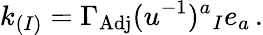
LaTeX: k_{(I)}=\Gamma_{\mathrm{Adj}}(u^{-1})^{a}{}_{I}e_{a}\, .